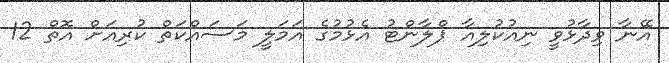
އޭނާ ވިދާޅުވީ ނިއުކުލިއާ ޕްލާންޓު އެޅުމުގެ އަމަލީ މަސައްކަތް ކުރިއަށް އޮތް 12